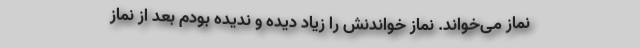
نماز می‌خواند. نماز خواندنش را زیاد دیده و ندیده بودم بعد از نماز